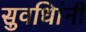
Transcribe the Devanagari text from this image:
सुवधिांनी